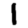
Digit: 1